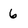
Character: 6